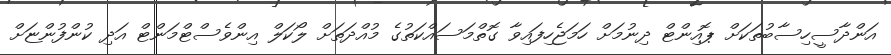
އަންދާސީހިސާބުތަކަށް ޕޮއިންޓް ދިނުމަށް ހަމަޖެހިފައިވާ ގޮތްމަސައްކަތުގެ މުއްދަތަށް ލޯކަލް އިންވެސްޓްމަންޓް އަދި ކުންފުންޏަށް